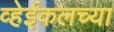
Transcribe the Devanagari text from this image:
व्हेईकलच्या